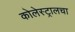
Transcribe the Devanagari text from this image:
कोलेस्ट्रालचा